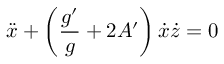
\ddot { x } + \left( \frac { g ^ { \prime } } { g } + 2 A ^ { \prime } \right) \dot { x } \dot { z } = 0